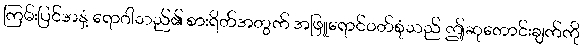
ကြမ်းပြင်အနှံ့ ရောဂါသည်၏ စားရိတ်အတွက် အဖြူရောင်ဝတ်စုံသည် ဤဆုတောင်းချက်ကို